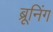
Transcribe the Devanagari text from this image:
ब्रूनिंग